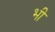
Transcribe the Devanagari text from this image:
भी